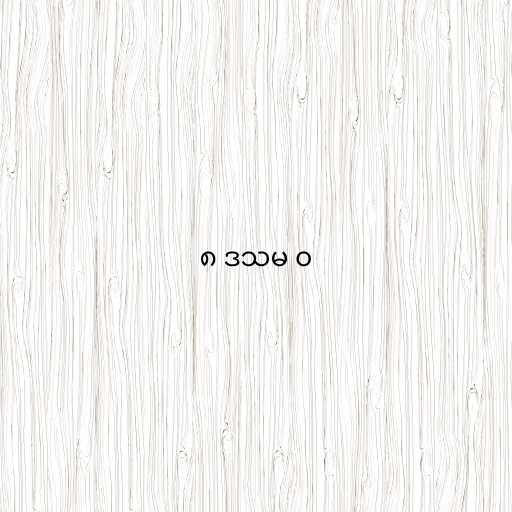
၈ ဒသမ ၀